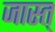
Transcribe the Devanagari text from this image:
जास्त्‌